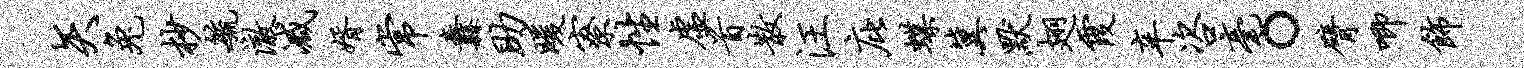
矢兔杪毓澈减婿常纛助暖寮性虚首散汪庇蝶冀默翅霞辛咨毫。臂唧饰